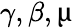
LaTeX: \gamma,\beta,\upmu